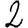
Digit: 2